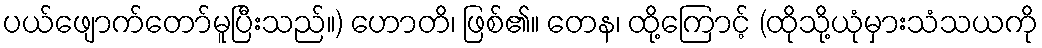
ပယ်ဖျောက်တော်မူပြီးသည်။) ဟောတိ၊ ဖြစ်၏။ တေန၊ ထို့ကြောင့် (ထိုသို့ယုံမှားသံသယကို